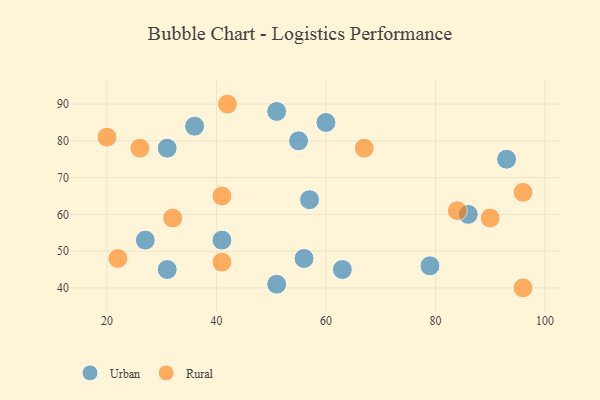
{"axis": {"x": "GDP", "y": "Life Expectancy"}, "legend": ["Rural", "Urban"], "data": [{"x": "51", "y": 88, "type": "Urban"}, {"x": "36", "y": 84, "type": "Urban"}, {"x": "86", "y": 60, "type": "Urban"}, {"x": "79", "y": 46, "type": "Urban"}, {"x": "93", "y": 75, "type": "Urban"}, {"x": "31", "y": 78, "type": "Urban"}, {"x": "41", "y": 53, "type": "Urban"}, {"x": "60", "y": 85, "type": "Urban"}, {"x": "51", "y": 41, "type": "Urban"}, {"x": "63", "y": 45, "type": "Urban"}, {"x": "55", "y": 80, "type": "Urban"}, {"x": "56", "y": 48, "type": "Urban"}, {"x": "57", "y": 64, "type": "Urban"}, {"x": "27", "y": 53, "type": "Urban"}, {"x": "31", "y": 45, "type": "Urban"}, {"x": "41", "y": 47, "type": "Rural"}, {"x": "67", "y": 78, "type": "Rural"}, {"x": "41", "y": 65, "type": "Rural"}, {"x": "96", "y": 40, "type": "Rural"}, {"x": "22", "y": 48, "type": "Rural"}, {"x": "84", "y": 61, "type": "Rural"}, {"x": "90", "y": 59, "type": "Rural"}, {"x": "42", "y": 90, "type": "Rural"}, {"x": "26", "y": 78, "type": "Rural"}, {"x": "32", "y": 59, "type": "Rural"}, {"x": "20", "y": 81, "type": "Rural"}, {"x": "96", "y": 66, "type": "Rural"}]}